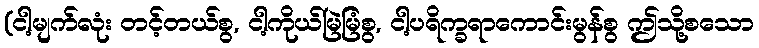
(ငါ့မျက်လုံး တင့်တယ်စွ, ငါ့ကိုယ်မြဲမြံစွ, ငါ့ပရိက္ခရာကောင်းမွန်စွ ဤသို့စသော